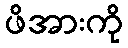
ဖိအားကို